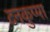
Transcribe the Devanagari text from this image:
टनकुप्पा